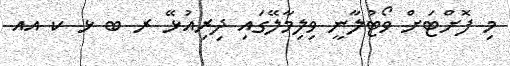
މި ފޮށްޓަށް ވޯޓުލާނީ ވިލިމާލޭގައި ދިރިއުޅޭ ރ ބ ޅ ކ އއ